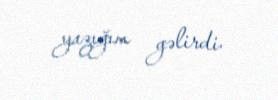
yazığım gəlirdi.